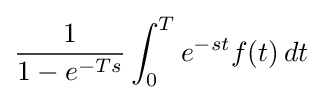
{1 \over 1-e^{-Ts}}\int _{0}^{T}e^{-st}f(t)\,dt